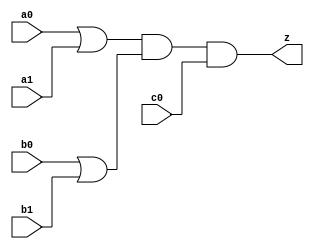
//#############################################################################
//# Function: Or-And (oa221) Gate                                             #
//# Copyright: OH Project Authors. ALl rights Reserved.                       #
//# License:  MIT (see LICENSE file in OH repository)                         #
//#############################################################################

module asic_oa221 #(parameter PROP = "DEFAULT")   (
    input  a0,
    input  a1,
    input  b0,
    input  b1,
    input  c0,
    output z
    );

   assign z = (a0 | a1) & (b0 | b1) & (c0);

endmodule